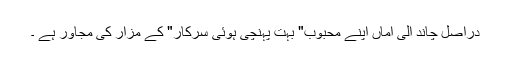
دراصل چاند الی اماں اپنے محبوب" بہت پہنچی ہوئی سرکار" کے مزار کی مجاور ہے ۔